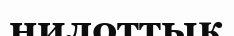
нилоттық